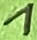
Text: 1